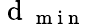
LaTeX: \mathrm{~d~}_{\mathrm{~m~i~n~}}